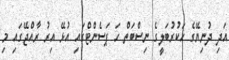
އަދި ދުނިޔޭގެ ހަކުރުބަލީގެ ނިސްބަތް ހަ ޕަސެންޓްގައި އުޅޭ އިރު ރާއްޖޭގައި މި